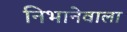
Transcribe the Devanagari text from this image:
निभानेवाला